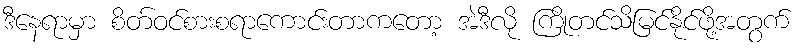
ဒီနေရာမှာ စိတ်ဝင်စားစရာကောင်းတာကတော့ အဲဒီလို ကြိုတင်သိမြင်နိုင်ဖို့အတွက်